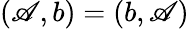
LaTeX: (\mathscr{A},b)=(b,\mathscr{A})